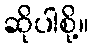
ဆိုပါစို့။